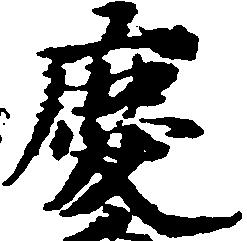
慶